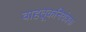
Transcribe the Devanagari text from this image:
वाहतूकनियंत्रक